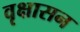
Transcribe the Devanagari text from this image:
वृक्षासन